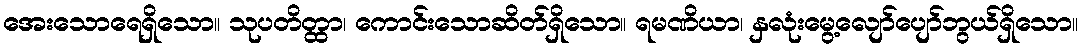
အေးသောရေရှိသော။ သုပတိတ္ထာ၊ ကောင်းသောဆိတ်ရှိသော။ ရမဏိယာ၊ နှလုံးမွေ့လျော်ပျော်ဘွယ်ရှိသော။